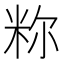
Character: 𫂼